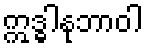
ဣဒ္ဓါနုဘာဝါ